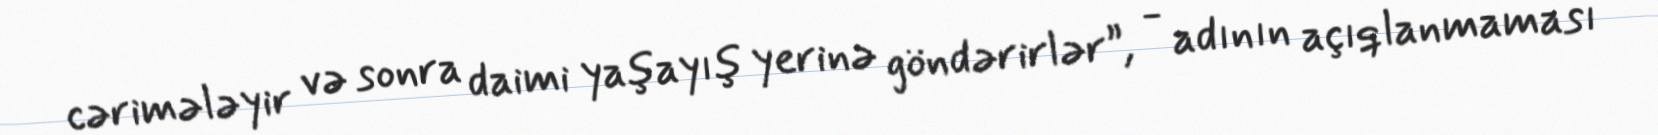
cərimələyir və sonra daimi yaşayış yerinə göndərirlər”, - adının açıqlanmaması